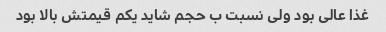
غذا عالی بود ولی نسبت ب حجم شاید یکم قیمتش بالا بود